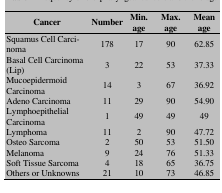
| Cancer | Number | Min. age | Max. age | Mean age |
 | --- | --- | --- | --- | --- |
 | Squamus Cell Carcinoma | 178 | 17 | 90 | 62.85 |
 | Basal Cell Carcinoma (Lip) | 3 | 22 | 53 | 37.33 |
 | Mucoepidermoid Carcinoma | 14 | 3 | 67 | 36.92 |
 | Adeno Carcinoma | 11 | 29 | 90 | 54.90 |
 | Lymphoepithelial Carcinoma | 1 | 49 | 49 | 49 |
 | Lymphoma | 11 | 2 | 90 | 47.72 |
 | Osteo Sarcoma | 2 | 50 | 53 | 51.50 |
 | Melanoma | 9 | 24 | 76 | 51.33 |
 | Soft Tissue Sarcoma | 4 | 18 | 65 | 36.75 |
 | Others or Unknowns | 21 | 10 | 73 | 46.85 |